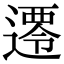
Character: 𮟀